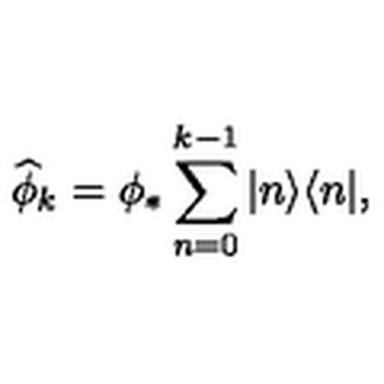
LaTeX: \widehat { \phi } _ { k } = \phi _ { * } \sum _ { n = 0 } ^ { k - 1 } | n \rangle \langle n | ,